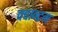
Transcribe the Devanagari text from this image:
क्‍वान्‍टम